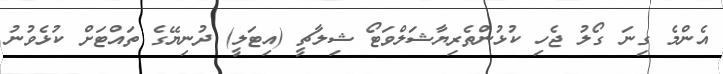
އެންމެ ގިނަ ގޯލު ޖެހި ކުޅުންތެރިޔާޝަލްވަޓޯ ޝިލާޗީ (އިޓަލީ) ދުނިޔޭގެ ތައްޓަށް ކުޅެވުނު